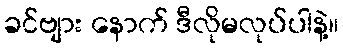
ခင်ဗျား နောက် ဒီလိုမလုပ်ပါနဲ့။